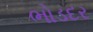
ભોડદર